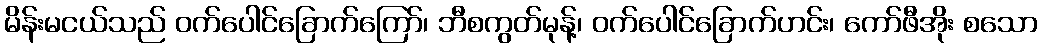
မိန်းမငယ်သည် ဝက်ပေါင်ခြောက်ကြော်၊ ဘီစကွတ်မုန့်၊ ဝက်ပေါင်ခြောက်ဟင်း၊ ကော်ဖီအိုး စသော